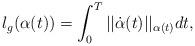
LaTeX: \begin{align*}\displaystyle l_g(\alpha(t))=\int_0^T||\dot\alpha(t)||_{\alpha(t)}dt,\end{align*}